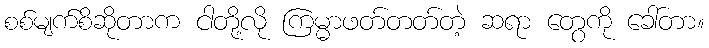
စစ်မျက်စိဆိုတာက ငါတို့လို ကြမ္မာဖတ်တတ်တဲ့ ဆရာ တွေကို ခေါ်တာ။